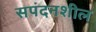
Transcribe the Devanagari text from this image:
सपंदनशील